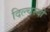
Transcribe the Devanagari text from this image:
दिल्चस्बी